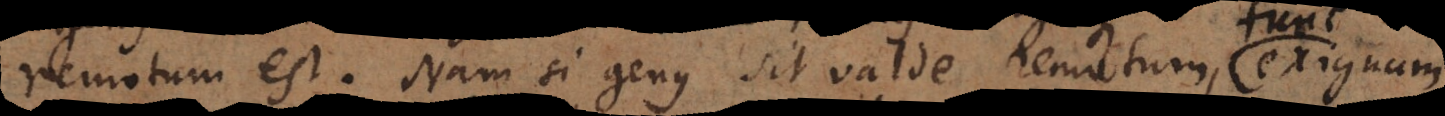
remotum est. Nam si genus sit valde remotum, parum